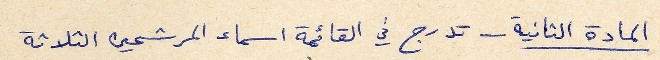
المادة الثانية - تدرج في القائمة اسماء المرشحين الثلاثة